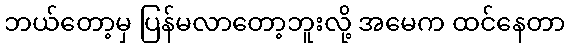
ဘယ်တော့မှ ပြန်မလာတော့ဘူးလို့ အမေက ထင်နေတာ